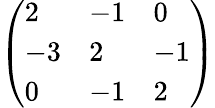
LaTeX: \left(\begin{array}{lll}{{2}}&{{-1}}&{{0}}\\ {{-3}}&{{2}}&{{-1}}\\ {{0}}&{{-1}}&{{2}}\end{array}\right)